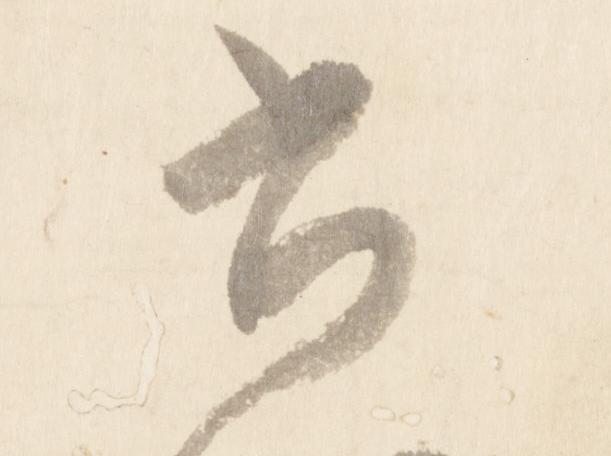
書